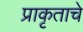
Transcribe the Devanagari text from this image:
प्राकृताचे